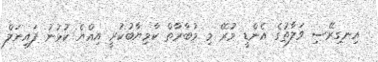
އިނގިރޭސި ވަލާތުގެ އެންޑީ މުރޭ މި މުބާރާތް ކާމިޔާބުކުރީ އިއްޔެ ކުޅުނު ފައިނަލް